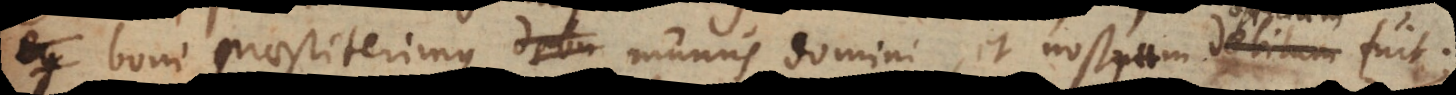
boni praestiterimus, munus domini et nostrum officium fuit